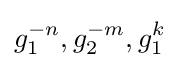
g_{1}^{-n},g_{2}^{-m},g_{1}^{k}